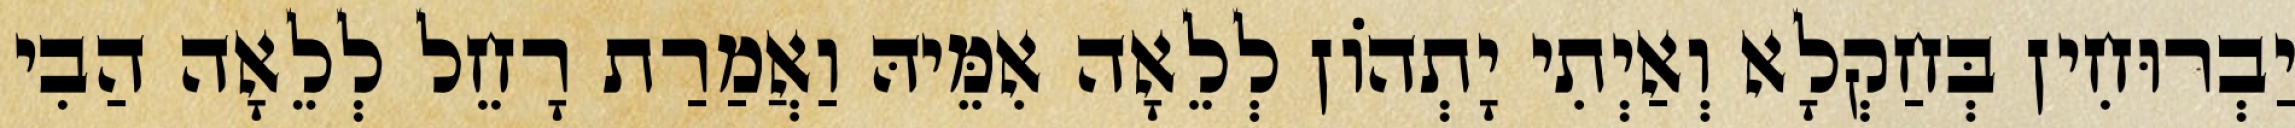
יַבְרוּחִין בְּחַקְלָא וְאַיְתִי יָתְהוֹן לְלֵאָה אִמֵּיהּ וַאֲמַרַת רָחֵל לְלֵאָה הַבִי